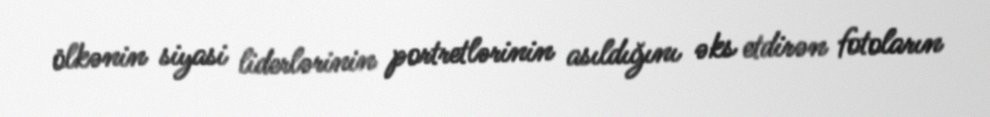
ölkənin siyasi liderlərinin portretlərinin asıldığını əks etdirən fotoların